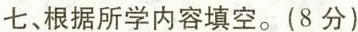
七、根据所学内容填空。(8分)